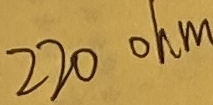
Text: 220ohm